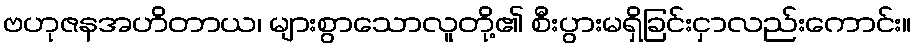
ဗဟုဇနအဟိတာယ၊ များစွာသောလူတို့၏ စီးပွားမရှိခြင်းငှာလည်းကောင်း။